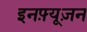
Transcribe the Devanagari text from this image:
इनफ़्यूज़न